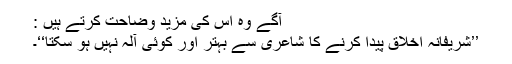
آگے وہ اس کی مزید وضاحت کرتے ہیں :
’’شریفانہ اخلاق پیدا کرنے کا شاعری سے بہتر اور کوئی آلہ نہیں ہو سکتا‘‘۔